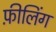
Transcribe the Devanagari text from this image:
फ़ीलिंग